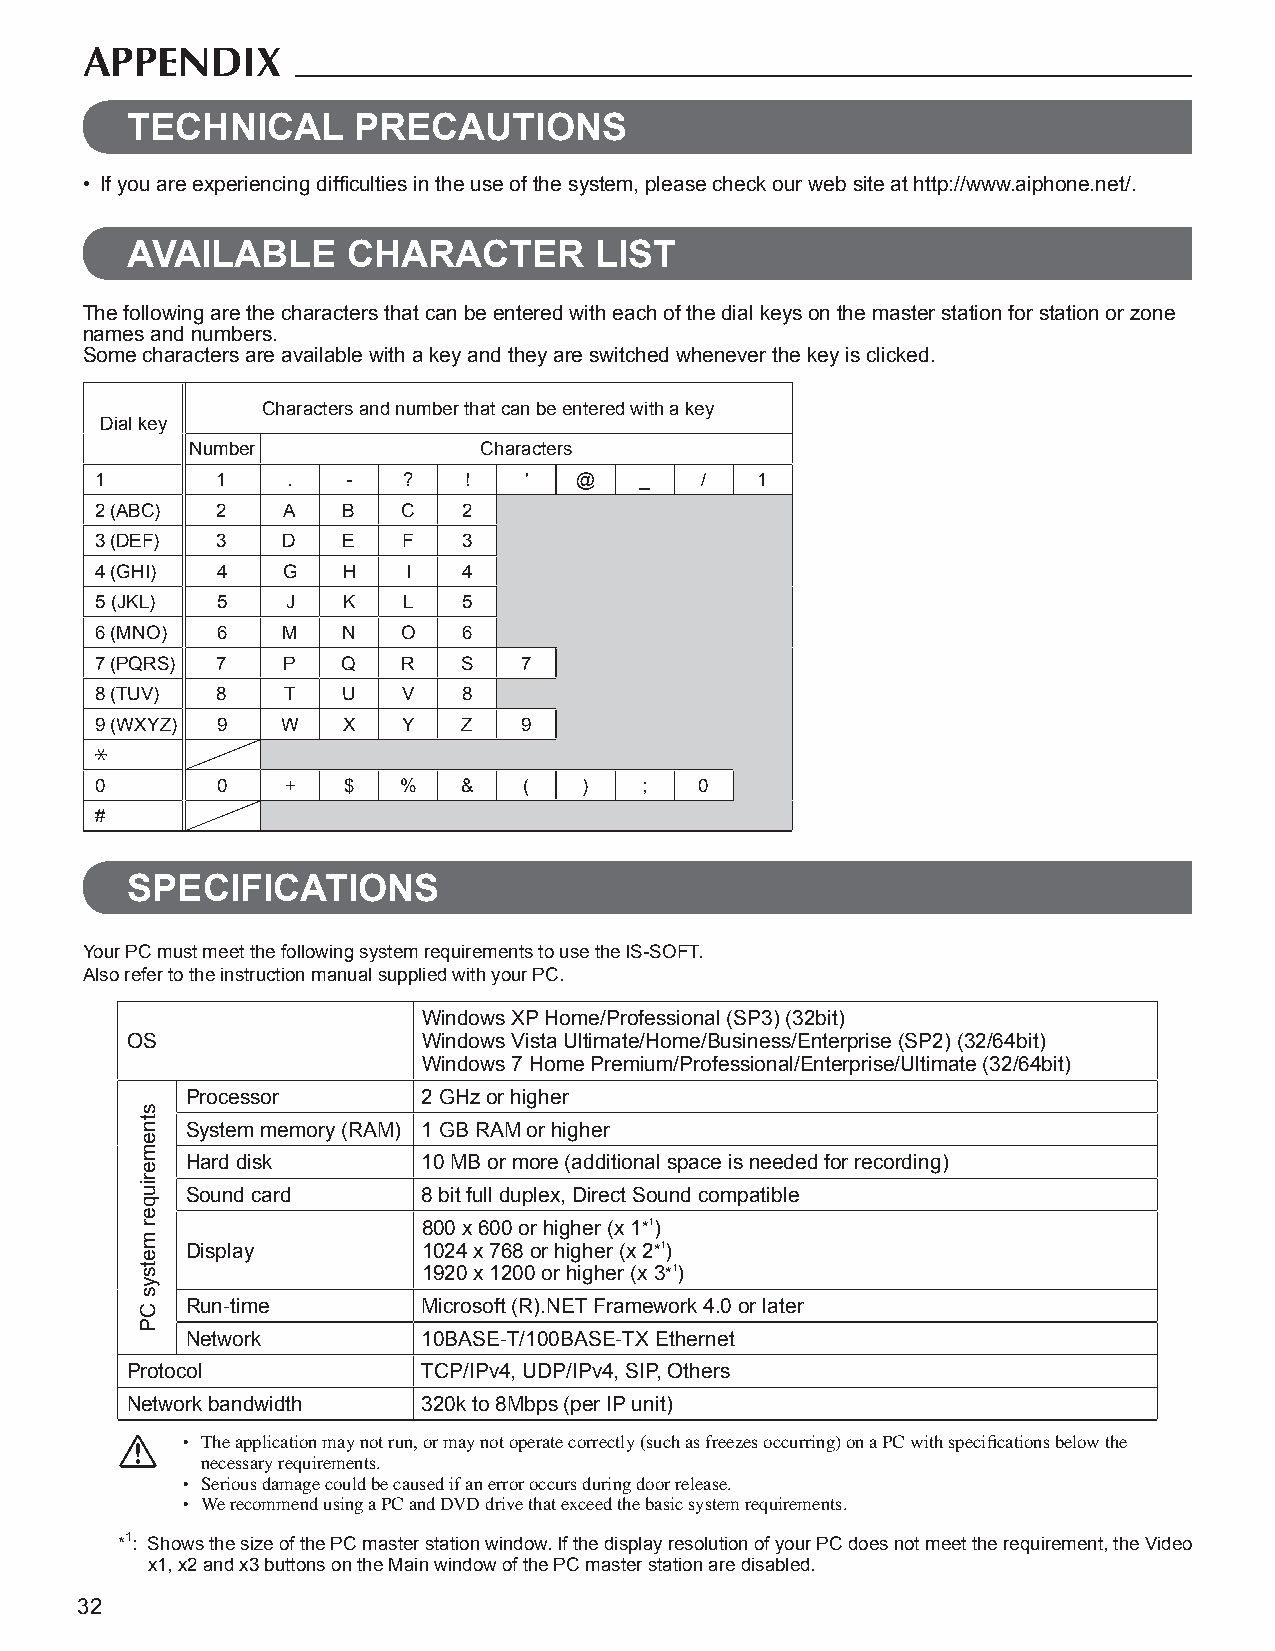
APPENDIX
 TECHNICAL      PRECAUTIONS
 • If you are experiencing diffi culties in the use of the system, please check our web site at http://www.aiphone.net/.
 AVAILABLE      CHARACTER       LIST
 The following are the characters that can be entered with each of the dial keys on the master station for station or zone
 names and numbers.
 Some characters are available with a key and they are switched whenever the key is clicked.
 Characters and number that can be entered with a key
 Dial key
 Number             Characters
 1       1    .   -   ?   !   '  @   _   /   1
 2 (ABC) 2    A   B   C   2
 3 (DEF) 3    D   E   F   3
 4 (GHI) 4    G   H   I   4
 5 (JKL) 5    J   K   L   5
 6 (MNO) 6    M   N   O   6
 7 (PQRS) 7   P   Q   R   S   7
 8 (TUV) 8    T   U   V   8
 9 (WXYZ) 9   W   X   Y   Z   9
 0       0    +   $  %    &   (   )   ;  0
 #
 SPECIFICATIONS
 Your PC must meet the following system requirements to use the IS-SOFT.
 Also refer to the instruction manual supplied with your PC.
 Windows XP Home/Professional (SP3) (32bit)
 OS                  Windows Vista Ultimate/Home/Business/Enterprise (SP2) (32/64bit)
 Windows 7 Home Premium/Professional/Enterprise/Ultimate (32/64bit)
 Processor       2 GHz or higher
 System memory (RAM) 1 GB RAM or higher
 Hard disk       10 MB or more (additional space is needed for recording)
 Sound card      8 bit full duplex, Direct Sound compatible
 800 x 600 or higher (x 1*1)
 Display         1024 x 768 or higher (x 2*1)
 1920 x 1200 or higher (x 3*1)
 Run-time        Microsoft (R).NET Framework 4.0 or later
 Network         10BASE-T/100BASE-TX Ethernet
 Protocol            TCP/IPv4, UDP/IPv4, SIP, Others
 Network bandwidth   320k to 8Mbps (per IP unit)
 • The application may not run, or may not operate correctly (such as freezes occurring) on a PC with specifi cations below the
 necessary requirements.
 • Serious damage could be caused if an error occurs during door release.
 • We recommend using a PC and DVD drive that exceed the basic system requirements.
 *1: Shows the size of the PC master station window. If the display resolution of your PC does not meet the requirement, the Video
 x1, x2 and x3 buttons on the Main window of the PC master station are disabled.
 32
 stnemeriuqer
 metsys
 CP